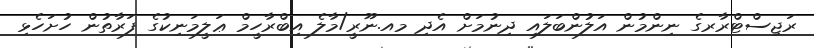
ރަޖިސްޓްރާރގެ ނިންމުން އަލުންބަލައި ދިނުމަށް އެދި މއ.ނޫރީ/މާލެ އިބްރާހީމް ޢަލީމަނިކުގެ ފަރާތުން ހުށަހެޅި